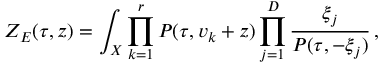
Z _ { E } ( \tau , z ) = \int _ { X } \prod _ { k = 1 } ^ { r } P ( \tau , v _ { k } + z ) \prod _ { j = 1 } ^ { D } \frac { \xi _ { j } } { P ( \tau , - \xi _ { j } ) } \, ,